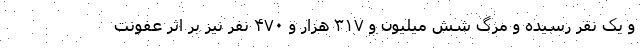
و یک نفر رسیده و مرگ شش میلیون و ۳۱۷ هزار و ۴۷۰ نفر نیز بر اثر عفونت